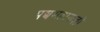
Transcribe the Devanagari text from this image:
पञ्चमहायज्ञों